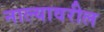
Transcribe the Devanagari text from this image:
नाल्यावरील